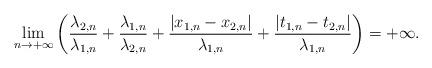
LaTeX: \begin{align*} \lim_{n \rightarrow +\infty} \left(\frac{\lambda_{2,n}}{\lambda_{1,n}}+ \frac{\lambda_{1,n}}{\lambda_{2,n}} + \frac{|x_{1,n} - x_{2,n}|}{\lambda_{1,n}}+ \frac{|t_{1,n} - t_{2,n}|}{\lambda_{1,n}}\right) = + \infty.\end{align*}